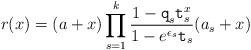
LaTeX: \begin{align*} r(x)=(a+x)\prod_{s=1}^k \frac{1-\texttt{q}_s\texttt{t}_s^x}{1-e^{\epsilon_s}\texttt{t}_s}(a_s+x)\end{align*}